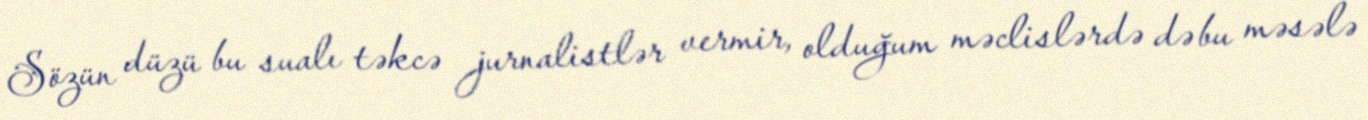
Sözün düzü bu sualı təkcə jurnalistlər vermir, olduğum məclislərdə də bu məsələ